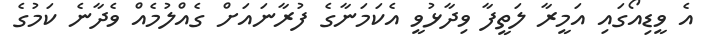
އެ ވީޑިއޯގައި އަމީރާ ލަތީފާ ވިދާޅުވީ އެކަމަނާގެ ފުރާނައަށް ގެއްލުމެއް ވެދާނެ ކަމުގެ